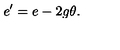
e ^ { \prime } = e - 2 g \theta .